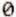
0